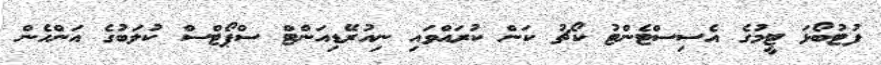
ފުޓުބޯޅަ ޓީމުގެ އެސިސްޓެންޓު ކޯޗު ކަން ކުރައްވައި ނިއުރޭޑިއަންޓް ސްޕޯޓްސް ކުލަބުގެ އަންހެން